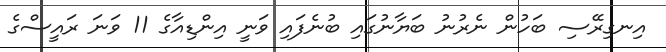
އިނގިރޭސި ބަހުން ނެރުނު ބަޔާނުގައި ބުނެފައި ވަނީ އިންޑިއާގެ 11 ވަނަ ރައީސްގެ